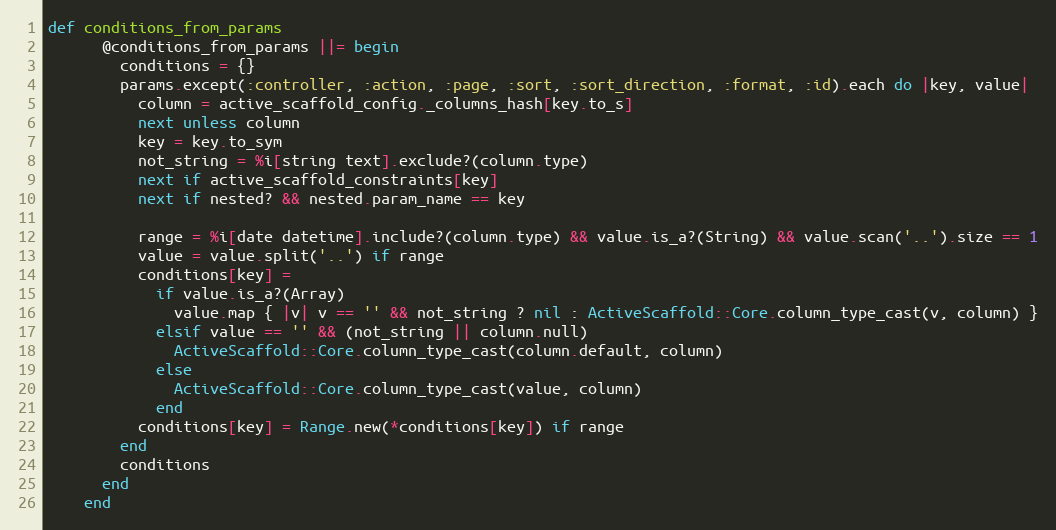
Language: Ruby
def conditions_from_params
      @conditions_from_params ||= begin
        conditions = {}
        params.except(:controller, :action, :page, :sort, :sort_direction, :format, :id).each do |key, value|
          column = active_scaffold_config._columns_hash[key.to_s]
          next unless column
          key = key.to_sym
          not_string = %i[string text].exclude?(column.type)
          next if active_scaffold_constraints[key]
          next if nested? && nested.param_name == key

          range = %i[date datetime].include?(column.type) && value.is_a?(String) && value.scan('..').size == 1
          value = value.split('..') if range
          conditions[key] =
            if value.is_a?(Array)
              value.map { |v| v == '' && not_string ? nil : ActiveScaffold::Core.column_type_cast(v, column) }
            elsif value == '' && (not_string || column.null)
              ActiveScaffold::Core.column_type_cast(column.default, column)
            else
              ActiveScaffold::Core.column_type_cast(value, column)
            end
          conditions[key] = Range.new(*conditions[key]) if range
        end
        conditions
      end
    end